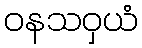
ဝနသဝှယံ